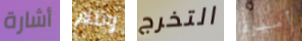
أشارة وتنام التخرج أميرة